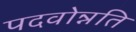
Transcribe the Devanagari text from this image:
पदवोन्नति